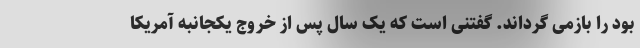
بود را بازمی گرداند. گفتنی است که یک سال پس از خروج یکجانبه آمریکا